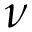
\nu